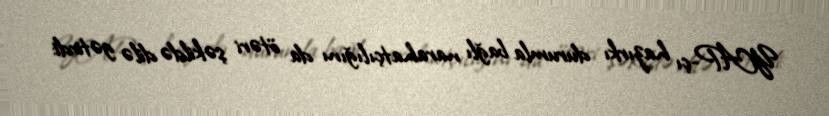
YAP-çı hazırkı durumla bağlı narahatçılığını da ötəri şəkildə dilə gətirdi: